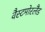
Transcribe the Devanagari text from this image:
वैस्टमोरलैंड